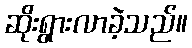
ဆိုးရွားလာခဲ့သည်။